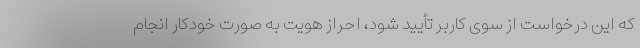
که این درخواست از سوی کاربر تأیید شود، احراز هویت به صورت خودکار انجام